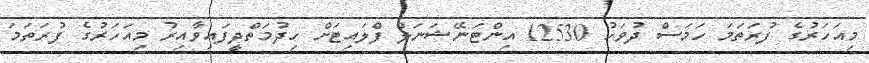
މިއަހަރުގެ ފުރަތަމަ ހަމަސް ދުވަހު 12530 އިންޓަނޭޝަނަލް ފްލައިޓަށް ހިދުމަތްދީފައިވާއިރު މިއަހަރުގެ ފުރަތަމަ